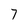
Character: 7